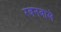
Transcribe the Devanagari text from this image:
रबनवाले